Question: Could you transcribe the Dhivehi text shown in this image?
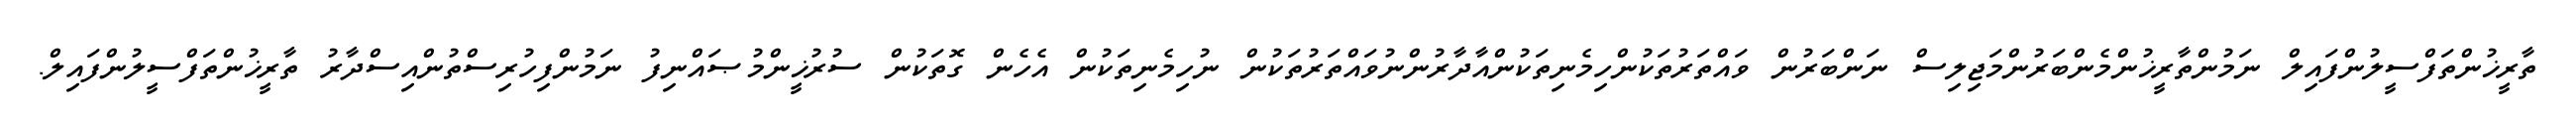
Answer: ތާރީޚުންތަފްސީލުންފައިލް ނަމުންތާރީޚުންމެންބަރުންމަޖިލިސް ނަންބަރުން ވައްތަރުތަކުންހިމެނިތަކުންއާދާރުންނުވައްތަރުތަކުން ނުހިމެނިތަކުން އެހެން ގޮތަކުން ސުރުޚީންމުޞައްނިފު ނަމުންފިހުރިސްތުންއިސްދާރު ތާރީޚުންތަފްސީލުންފައިލް.